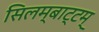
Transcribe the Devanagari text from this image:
सिलम्बाट्टम्